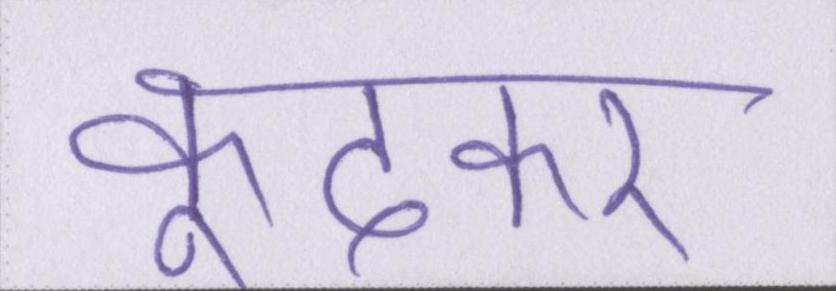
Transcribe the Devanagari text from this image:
कूदकर